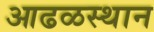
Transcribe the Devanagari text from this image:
आढळस्थान